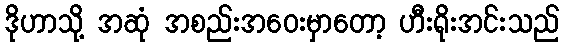
ဒိုဟာသို့ အဆုံ အစည်းအဝေးမှာတော့ ဟီးရိုးအင်းသည်